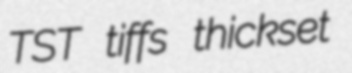
TST tiffs thickset